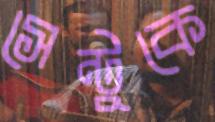
সেন্টুকে